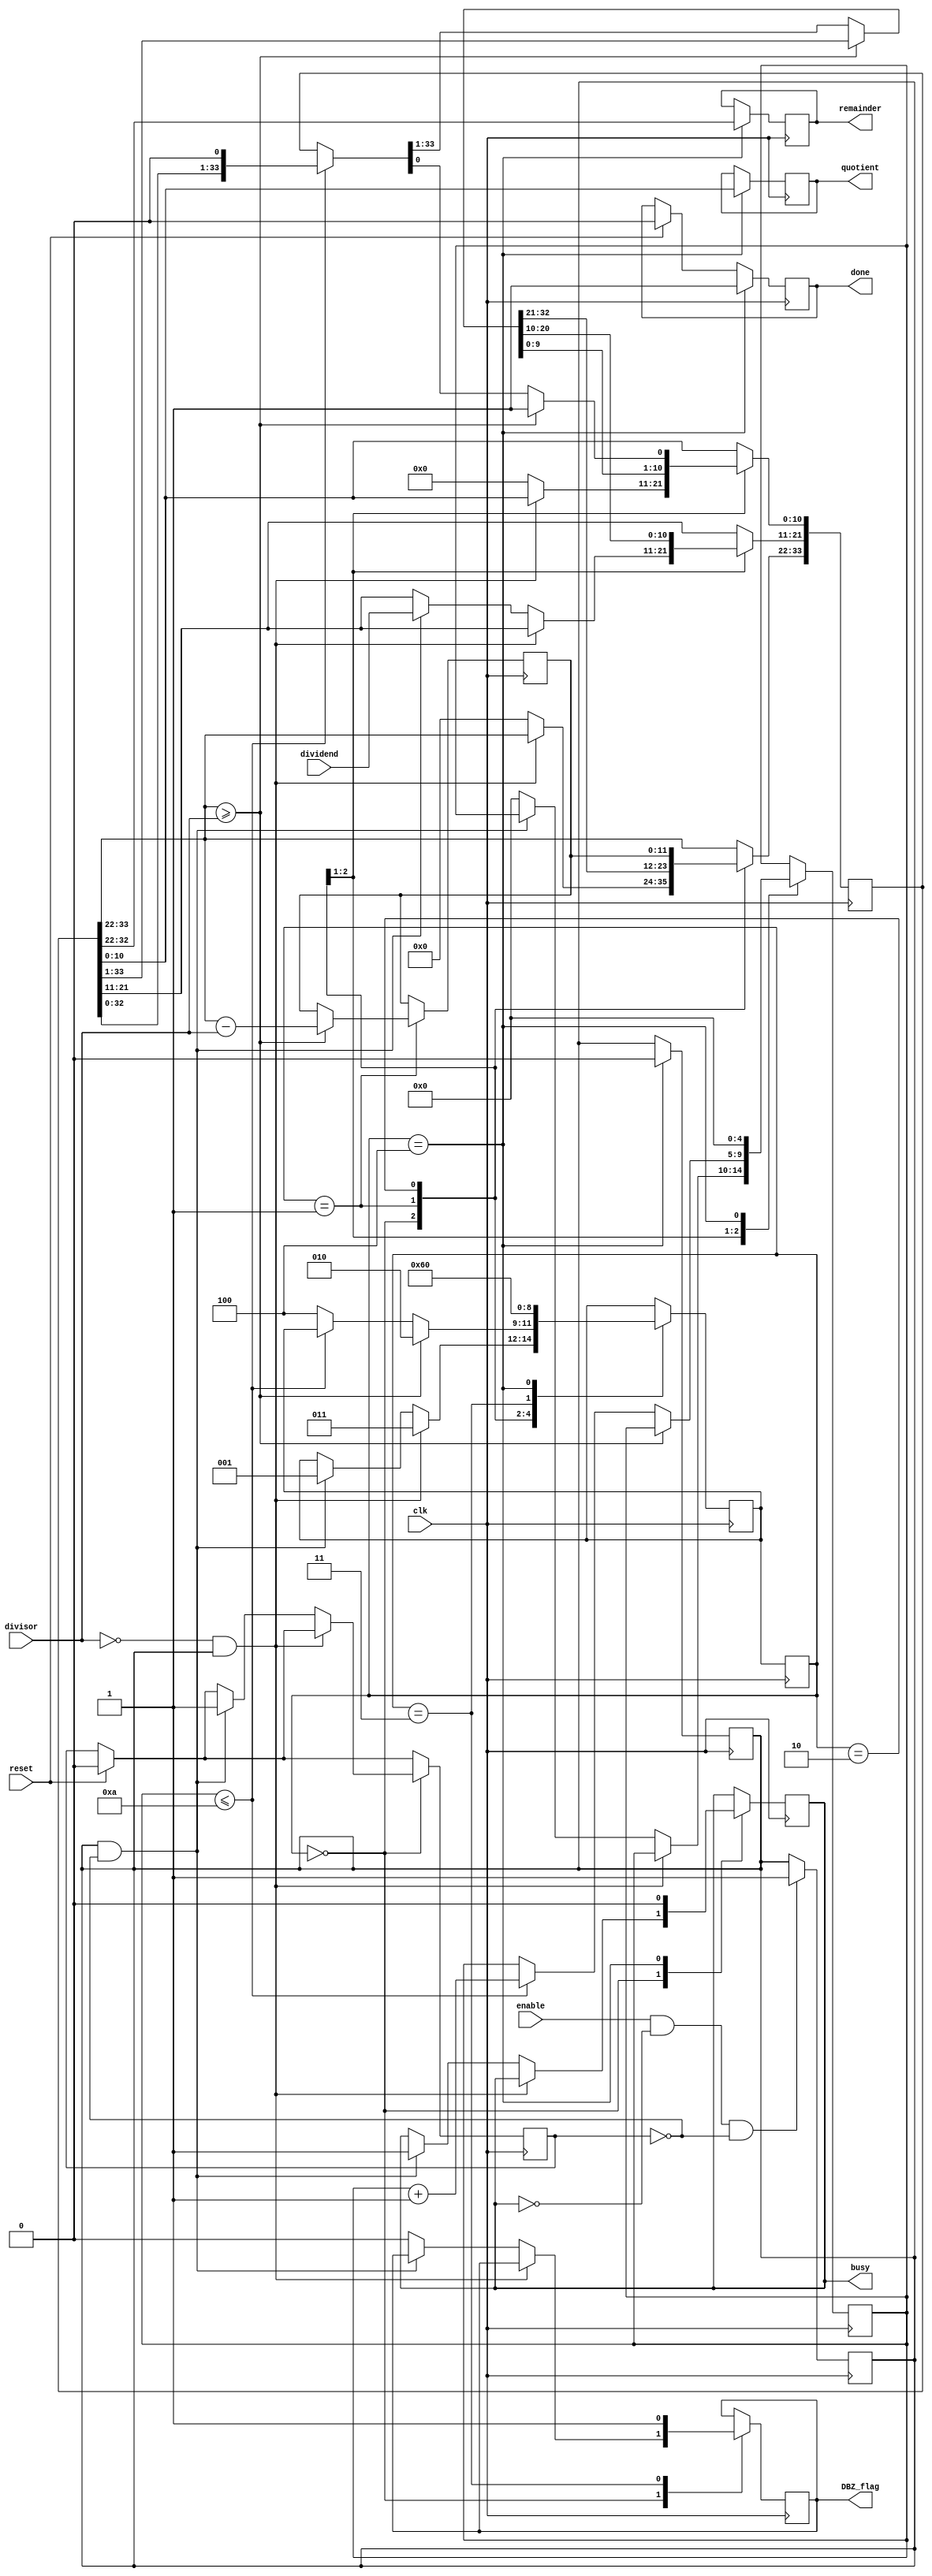
`timescale 1ns / 1ps
//////////////////////////////////////////////////////////////////////////////////
// Company: 
// Engineer: 
// 
// Design Name: 
// Module Name: Divider
// Project Name: 
// Target Devices: 
// Tool Versions: 
// Description: 
// 
// Dependencies: 
// 
// Revision:
// Revision 0.01 - File Created
// Additional Comments:
// 
//////////////////////////////////////////////////////////////////////////////////


module Divider
#(
parameter WIDTH = 11
)
(
input clk,
input enable,
input [WIDTH-1:0] dividend,
input [WIDTH-1:0] divisor,
input reset,
output reg [WIDTH-1:0] quotient,
output reg [WIDTH-1:0] remainder,
output reg done,
output reg busy,
output reg DBZ_flag
);

initial begin
    done <= 0;
    busy <= 0;
    DBZ_flag <= 0;
    quotient <= 0;
    remainder <=0;
end

reg [WIDTH:0] acc;
reg [WIDTH-1:0] r_quotient;
reg [3*WIDTH:0] working_register;
reg [$clog2(WIDTH):0] count;

initial begin
    acc <= 0;
    r_quotient <= 0;
    working_register <= 0;
    count <= 0;
end

parameter Amsb = 3*WIDTH;
parameter Alsb = 2*WIDTH;
parameter Dmsb = (2*WIDTH) - 1;
parameter Dlsb = WIDTH;
parameter Qmsb = WIDTH - 1;
parameter Qlsb = 0;

reg [WIDTH:0] acc_next;

reg [2:0] current_state;
reg [2:0] next_state;

initial begin
    current_state <= 3'b100;
    next_state <= 3'b000;
    acc_next <= 0;
end

parameter IDLE = 3'b000, 
          DIVIDE_1 = 3'b001, 
          DIVIDE_2 = 3'b010,
          ERROR = 3'b011, 
          COMPLETE = 3'b100;
          
reg enable_state = 0;
reg hold = 1'b0;       

always @ (posedge (clk)) begin
    if (enable == 1'b1 & busy == 1'b0 & hold == 1'b0) begin
        enable_state <= 1'b1;
    end
end

//always @ (posedge(clk)) 
//begin : Next_State_Logic
//    current_state <= next_state;
//end



//always @ (posedge(clk)) 
//begin : Reset_Condition
//    if(reset) begin
//        hold <= 1'b0;
//    end
//end

always @ (posedge(clk)) 
begin : State_Logic
    if(reset) begin //Reset condition for FSM
        hold <= 1'b0;
        done <= 1'b0;
    end
    current_state <= next_state; // Next state logic;
    case(current_state) 
        IDLE:
            if (divisor == 0 & enable_state == 1'b1) begin
                next_state <= ERROR;
            end
            else begin
                if(enable_state == 1'b1 & hold != 1'b1) begin
                    working_register[3*WIDTH:0] <= {acc,dividend,r_quotient};
                    next_state <= DIVIDE_1;
                     
                    busy <= 1'b1;
                    hold <= 1'b1;
                end
                else begin
                    count <= 1'b0;
                    working_register[Amsb:Alsb] <= 0;
                    working_register[Qmsb:Qlsb] <= 0;
                    DBZ_flag <= 1'b0;
                end
            end
          DIVIDE_1:
                 if (working_register[Amsb:Alsb] >= {1'b0,divisor}) begin
                    working_register[Qlsb] <= 1; 
                    acc_next <= working_register[Amsb:Alsb] - {1'b0,divisor};
                    next_state <= DIVIDE_2;
                 end
                 else begin
                    if (count <= WIDTH-1) begin
                        count <= count + 1;
                        working_register = working_register << 1;
                    end
                    else begin
                        next_state <= COMPLETE;
                    end
                end
              
              
          DIVIDE_2:   
               begin
                  working_register[Amsb:Alsb] <= acc_next;
                  next_state <= DIVIDE_1;
               end
  
        ERROR:
        begin
            DBZ_flag <= 1'b1; 
            next_state <= COMPLETE;
        end
        
        COMPLETE:
        begin
            done <= 1'b1;
            busy <= 1'b0;
            count <= 1'b0;
            enable_state <= 1'b0;
            quotient <= working_register[Qmsb:Qlsb];
            remainder <= working_register[Amsb:Alsb];
            next_state <= IDLE;
        end    

    endcase
    
end

endmodule